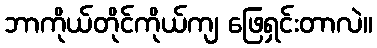
ဘာကိုယ်တိုင်ကိုယ်ကျ ဖြေရှင်းတာလဲ။